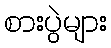
စားပွဲများ